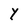
Character: Y